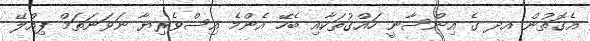
އެގޮތުން އދ ގެ އިންސާނީ ހައްޤުތަކާއި ބެހޭ އެންމެ އިސްވެރިޔާ ނަވަނަތަމް ޕިއްލޭ